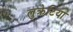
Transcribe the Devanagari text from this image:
लुक्रेटिया